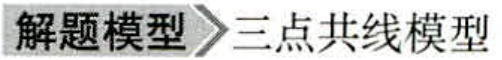
解题模型 三点共线模型